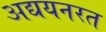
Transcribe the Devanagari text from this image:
अद्ययनरत